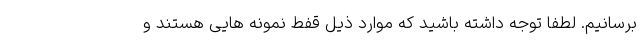
برسانیم. لطفا توجه داشته باشید که موارد ذیل قفط نمونه هایی هستند و